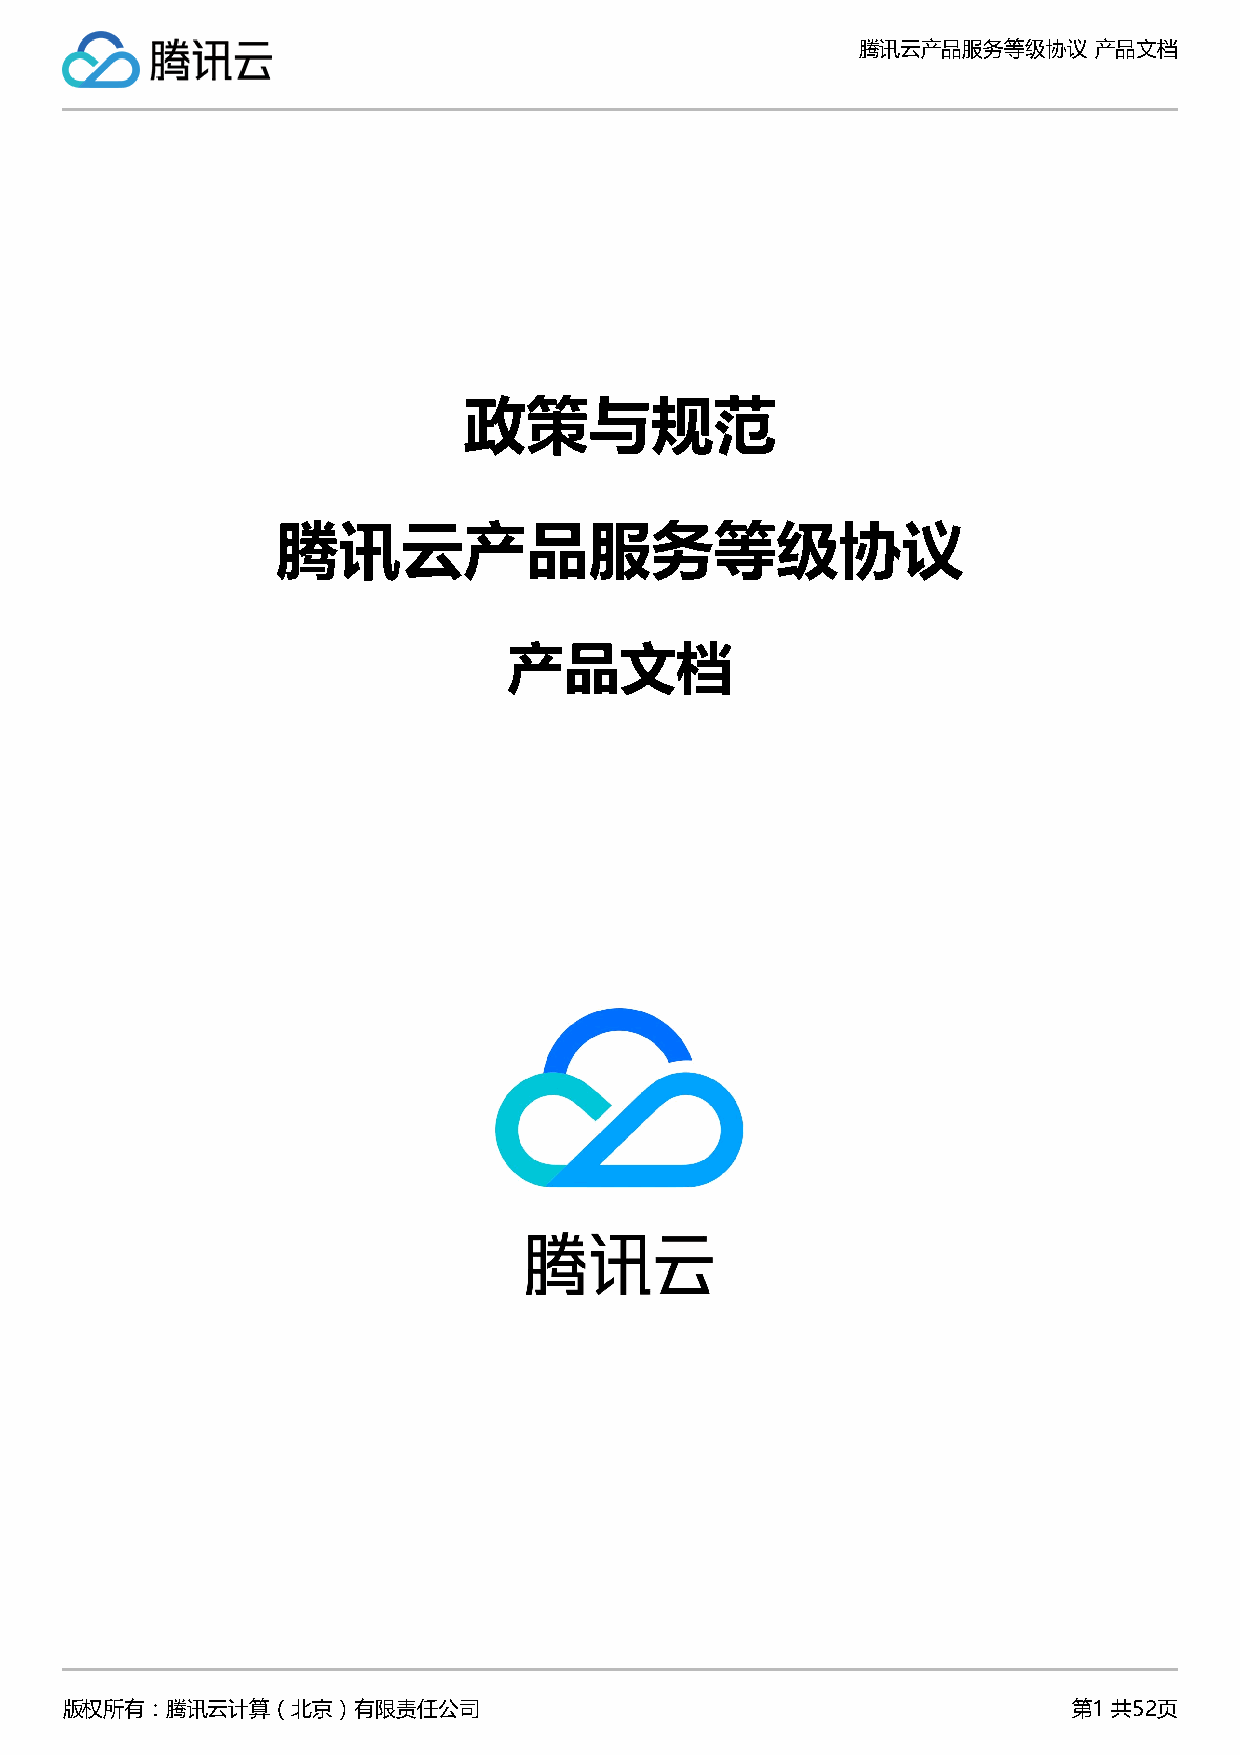
腾讯云产品服务等级协议    产品文档
 政策与规范
 腾讯云产品服务等级协议
 产品文档
 版权所有：腾讯云计算（北京）有限责任公司                                               第1 共52页